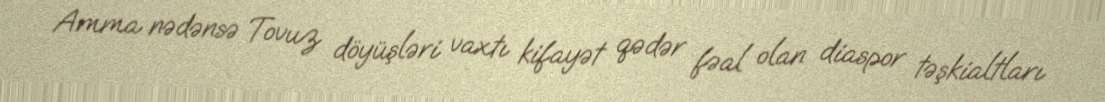
Amma nədənsə Tovuz döyüşləri vaxtı kifayət qədər fəal olan diaspor təşkialtları